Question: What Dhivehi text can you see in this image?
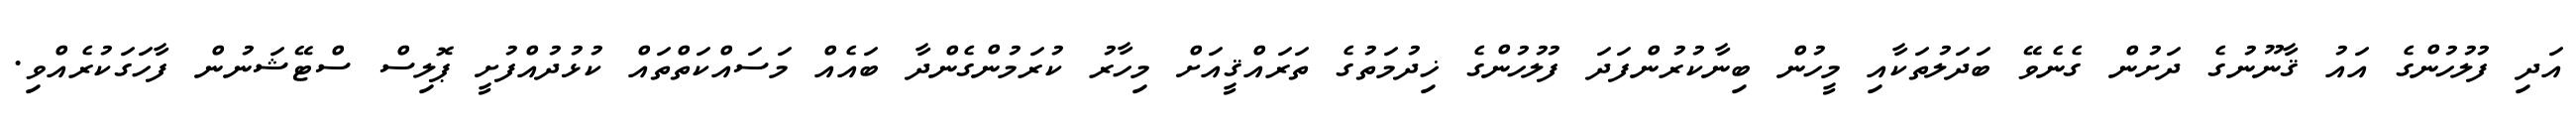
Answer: އަދި ފުލުހުންގެ އައު ޤާނޫނުގެ ދަށުން ގެނެވޭ ބަދަލުތަކާއި މީހުން ބިނާކުރުންފަދަ ފުލުހުންގެ ޚިދުމަތުގެ ތަރައްޤީއަށް މިހާރު ކުރަމުންގެންދާ ބައެއް މަސައްކަތްތައް ކުޅުދުއްފުށީ ޕޮލިސް ސްޓޭޝަނުން ފާހަގަކުރެއްވި.